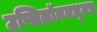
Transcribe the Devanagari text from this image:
उप्सिलॉनमधूनच